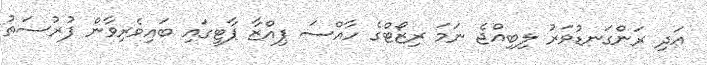
އަދި ރަންގަނޑުވަރު ލިބިއްޖެ ނަމަ ރިޒޯޓްގެ ހާއްސަ ޕިއްޒާ ޕާޓީގައި ބައިވެރިވާން ފުރުސަތު